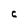
Character: C